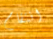
انتقام